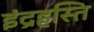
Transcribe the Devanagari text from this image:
इंद्रहस्ति